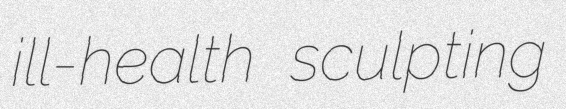
ill-health sculpting